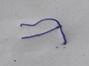
Signature authenticity: forged